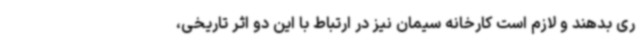
ری بدهند و لازم است کارخانه سیمان نیز در ارتباط با این دو اثر تاریخی،